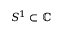
S ^ { 1 } \subset \mathbb { C }